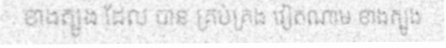
ខាងត្បូង ដែល បាន គ្រប់គ្រង វៀតណាម ខាងត្បូង